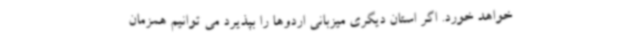
خواهد خورد. اگر استان دیگری میزبانی اردوها را بپذیرد می توانیم همزمان